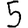
Digit: 5